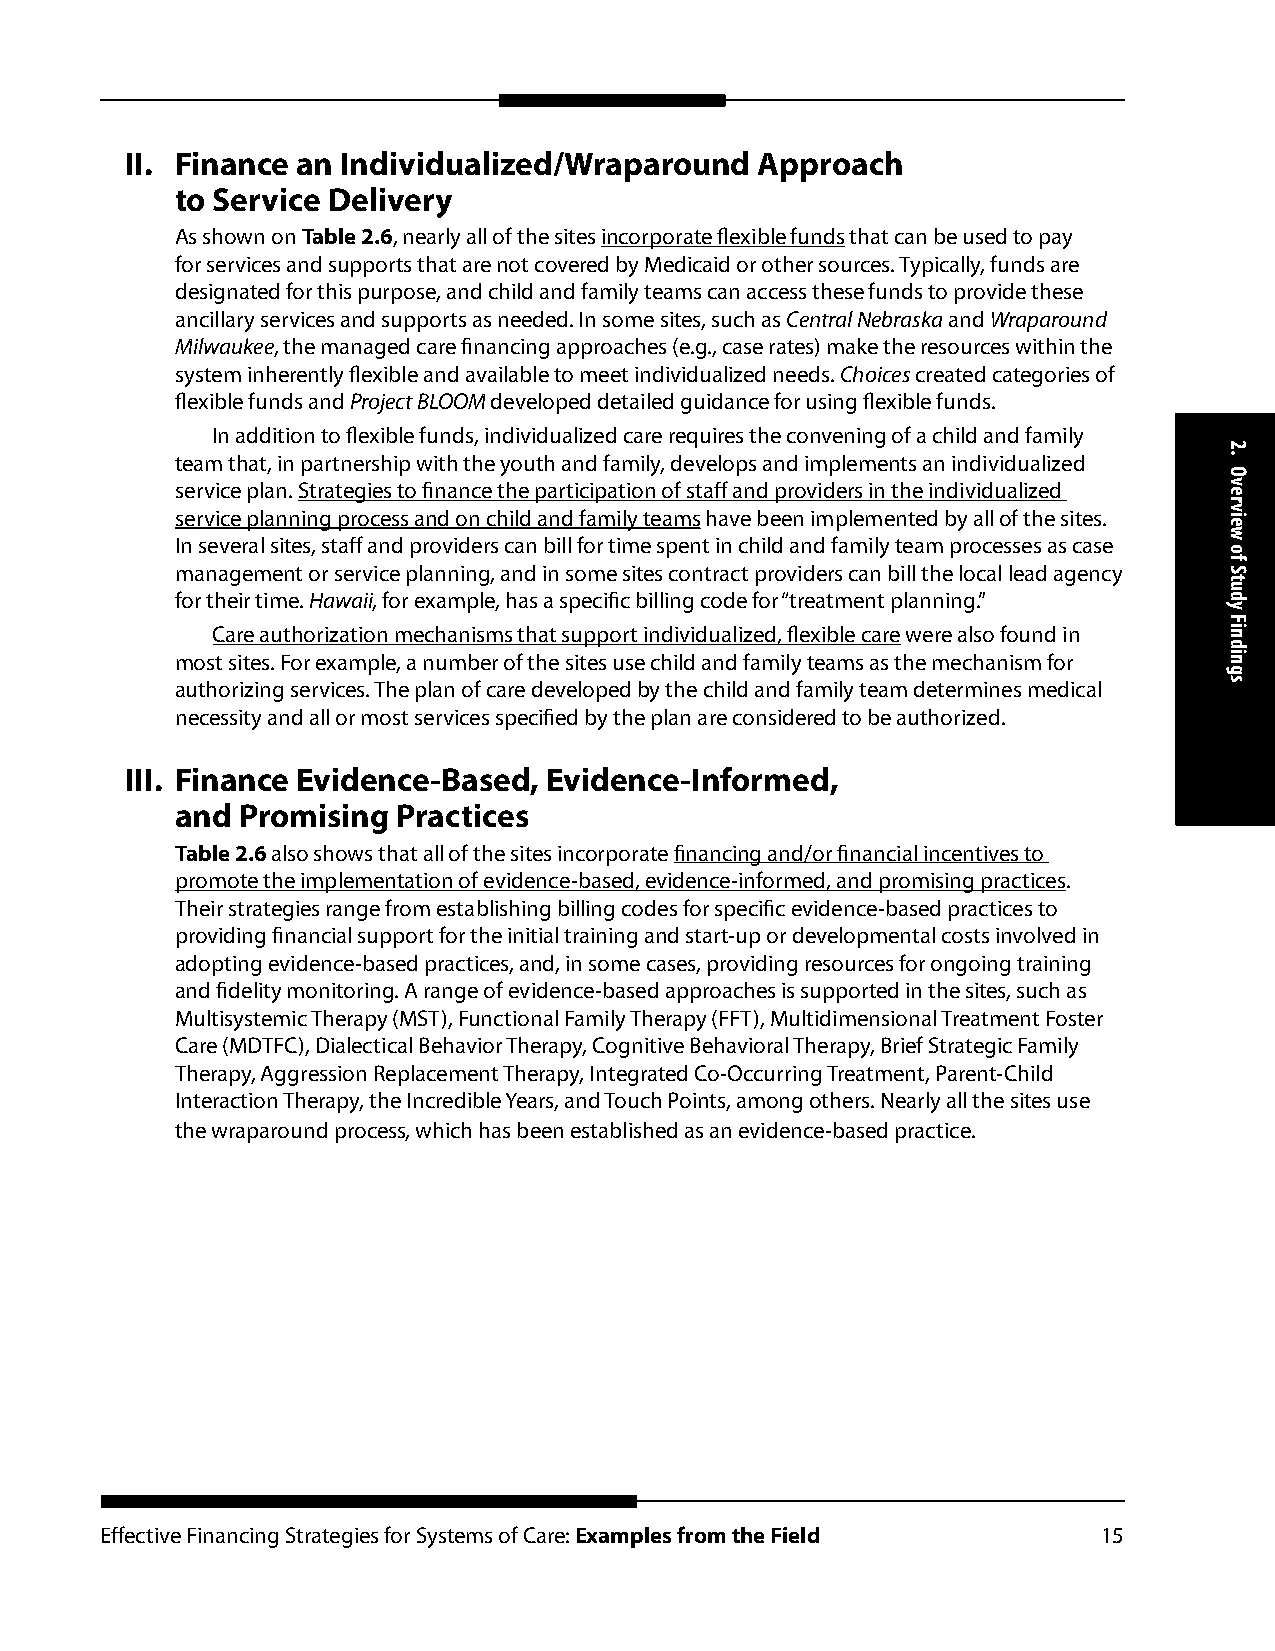
II. Finance an Individualized/Wraparound  Approach
 to Service Delivery
 As shown on Table 2.6, nearly all of the sites incorporate flexible funds that can be used to pay
 for services and supports that are not covered by Medicaid or other sources. Typically, funds are
 designated for this purpose, and child and family teams can access these funds to provide these
 ancillary services and supports as needed. In some sites, such as Central Nebraska and Wraparound
 Milwaukee, the managed care financing approaches (e.g., case rates) make the resources within the
 system inherently flexible and available to meet individualized needs. Choices created categories of
 flexible funds and Project BLOOM developed detailed guidance for using flexible funds.
 In addition to flexible funds, individualized care requires the convening of a child and family
 team that, in partnership with the youth and family, develops and implements an individualized
 service plan. Strategies to finance the participation of staff and providers in the individualized
 service planning process and on child and family teams have been implemented by all of the sites.
 In several sites, staff and providers can bill for time spent in child and family team processes as case
 management or service planning, and in some sites contract providers can bill the local lead agency
 for their time. Hawaii, for example, has a specific billing code for “treatment planning.”
 Care authorization mechanisms that support individualized, flexible care were also found in
 most sites. For example, a number of the sites use child and family teams as the mechanism for
 authorizing services. The plan of care developed by the child and family team determines medical
 necessity and all or most services specified by the plan are considered to be authorized.
 III. Finance Evidence-Based, Evidence-Informed,
 and Promising Practices
 Table 2.6 also shows that all of the sites incorporate financing and/or financial incentives to
 promote the implementation of evidence-based, evidence-informed, and promising practices.
 Their strategies range from establishing billing codes for specific evidence-based practices to
 providing financial support for the initial training and start-up or developmental costs involved in
 adopting evidence-based practices, and, in some cases, providing resources for ongoing training
 and fidelity monitoring. A range of evidence-based approaches is supported in the sites, such as
 Multisystemic Therapy (MST), Functional Family Therapy (FFT), Multidimensional Treatment Foster
 Care (MDTFC), Dialectical Behavior Therapy, Cognitive Behavioral Therapy, Brief Strategic Family
 Therapy, Aggression Replacement Therapy, Integrated Co-Occurring Treatment, Parent-Child
 Interaction Therapy, the Incredible Years, and Touch Points, among others. Nearly all the sites use
 the wraparound process, which has been established as an evidence-based practice.
 Effective Financing Strategies for Systems of Care: Examples from the Field 15
 2.
 Overview
 of
 Study
 Findings